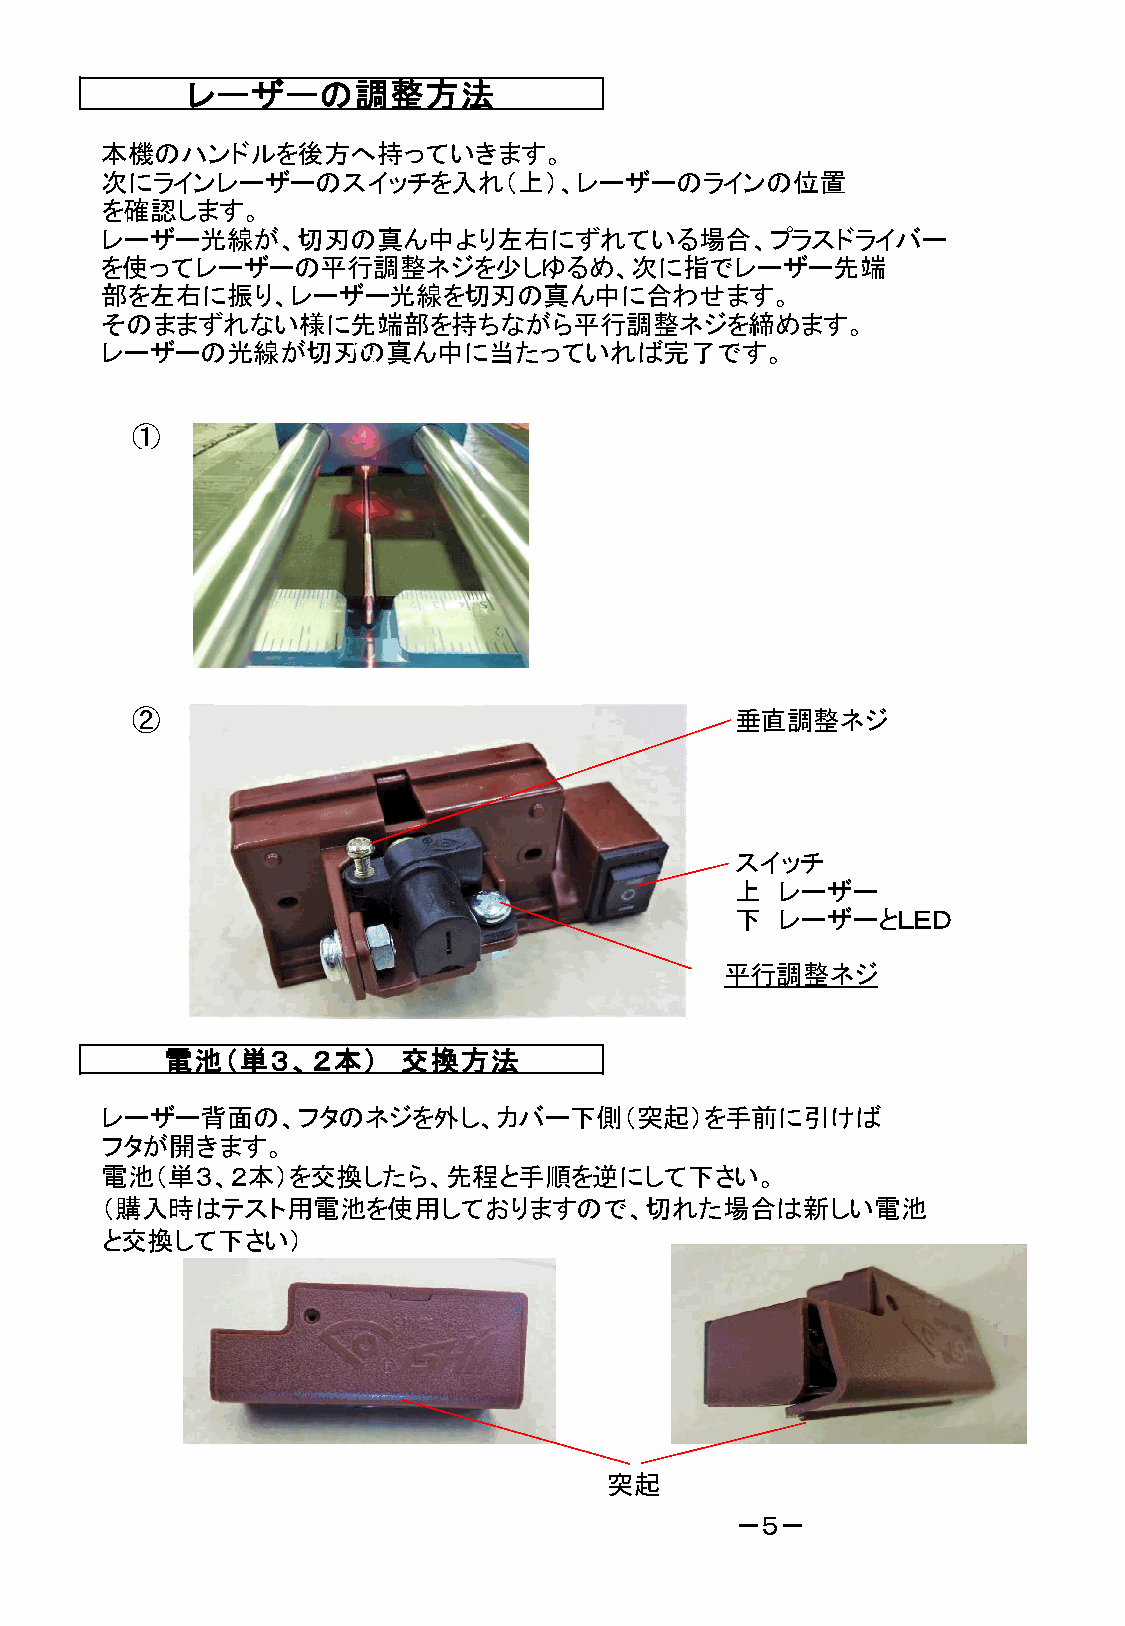
レーザーの調整方法
 本機のハンドルを後方へ持っていきます。
 次にラインレーザーのスイッチを入れ（上）、レーザーのラインの位置
 を確認します。
 レーザー光線が、切刃の真ん中より左右にずれている場合、プラスドライバー
 を使ってレーザーの平行調整ネジを少しゆるめ、次に指でレーザー先端
 部を左右に振り、レーザー光線を切刃の真ん中に合わせます。
 そのままずれない様に先端部を持ちながら平行調整ネジを締めます。
 レーザーの光線が切刃の真ん中に当たっていれば完了です。
 ①
 ②                                       垂直調整ネジ
 スイッチ
 上  レーザー
 下  レーザーとＬＥＤ
 平行調整ネジ
 電池（単３、２本）       交換方法
 レーザー背面の、フタのネジを外し、カバー下側（突起）を手前に引けば
 フタが開きます。
 電池（単３、２本）を交換したら、先程と手順を逆にして下さい。
 （購入時はテスト用電池を使用しておりますので、切れた場合は新しい電池
 と交換して下さい）
 突起
 －５－